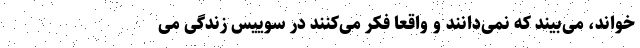
خواند، می‌بیند که نمی‌دانند و واقعا فکر می‌کنند در سوییس زندگی می